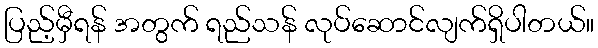
ပြည့်မှီရန် အတွက် ရည်သန် လုပ်ဆောင်လျက်ရှိပါတယ်။